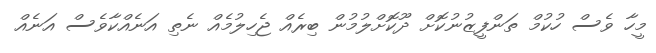
މީހާ ވެސް ހުކުމް ތަންފީޒުނުކޮށް ދޫކޮށްލުމުން ބިރެއް ޖެހިލުމެއް ނެތި އަނެއްކާވެސް އަނެއް